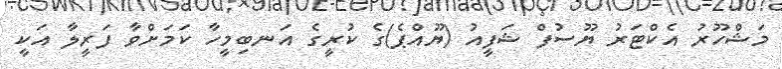
މަޝްހޫރު އެކްޓަރު ޔޫސުފް ޝަފީއު (ޔޫއްޕެ)ގެ ކުރީގެ އަނބިމީހާ ކަމަށްވާ ފަރީލާ އަކީ